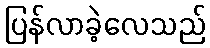
ပြန်လာခဲ့လေသည်